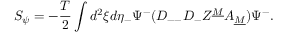
S _ { \psi } = - { \frac { T } { 2 } } \int d ^ { 2 } \xi d \eta _ { - } \Psi ^ { - } ( D _ { -- } D _ { - } Z ^ { \underline { { M } } } A _ { \underline { { M } } } ) \Psi ^ { - } .